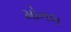
મોનલ